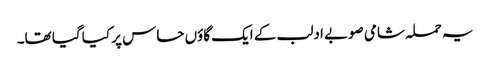
یہ حملہ شامی صوبے ادلب کے ایک گاؤں حاس پر کیا گیا تھا۔